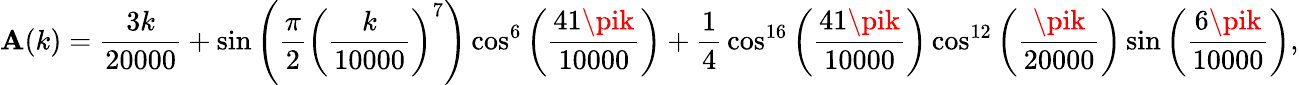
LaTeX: \mathbf{A}(k)={\frac{{3k}}{{20000}}}+\sin\left({\frac{{\pi}}{{2}}}\left({\frac{{k}}{{10000}}}\right)^{7}\right)\cos^{6}\left({\frac{{41\pik}}{{10000}}}\right)+{\frac{{1}}{{4}}}\cos^{16}\left({\frac{{41\pik}}{{10000}}}\right)\cos^{12}\left({\frac{{\pik}}{{20000}}}\right)\sin\left({\frac{{6\pik}}{{10000}}}\right),